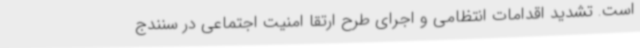
است. تشدید اقدامات انتظامی و اجرای طرح ارتقا امنیت اجتماعی در سنندج